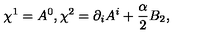
\chi ^ { 1 } = A ^ { 0 } , \chi ^ { 2 } = \partial _ { i } A ^ { i } + \frac { \textstyle \alpha } { \textstyle 2 } B _ { 2 } ,